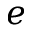
e